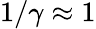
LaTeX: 1/\gamma\approx 1